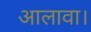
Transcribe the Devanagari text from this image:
आलावा।